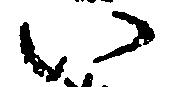
い